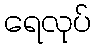
ရေလုပ်